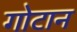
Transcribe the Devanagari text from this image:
गोटान